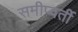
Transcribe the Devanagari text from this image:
समीप्वर्ती